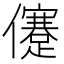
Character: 𠐻